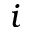
i